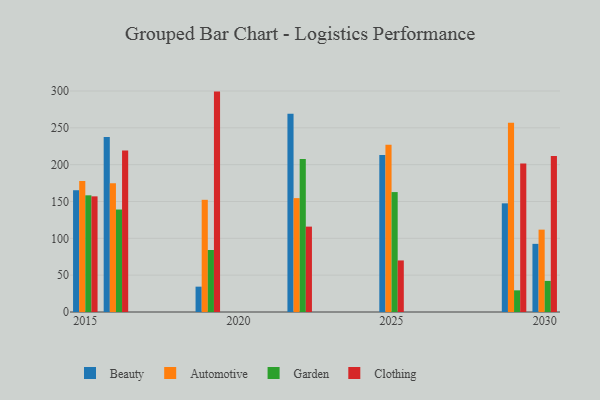
{"axis": {"x": "Year", "y": "Headcount"}, "legend": ["Automotive", "Beauty", "Clothing", "Garden"], "data": [{"x": "2022", "y": 269.3, "type": "Beauty"}, {"x": "2022", "y": 154.6, "type": "Automotive"}, {"x": "2022", "y": 207.6, "type": "Garden"}, {"x": "2022", "y": 115.9, "type": "Clothing"}, {"x": "2025", "y": 213.0, "type": "Beauty"}, {"x": "2025", "y": 227.0, "type": "Automotive"}, {"x": "2025", "y": 162.8, "type": "Garden"}, {"x": "2025", "y": 70.0, "type": "Clothing"}, {"x": "2015", "y": 165.3, "type": "Beauty"}, {"x": "2015", "y": 178.0, "type": "Automotive"}, {"x": "2015", "y": 158.4, "type": "Garden"}, {"x": "2015", "y": 157.0, "type": "Clothing"}, {"x": "2030", "y": 92.5, "type": "Beauty"}, {"x": "2030", "y": 111.8, "type": "Automotive"}, {"x": "2030", "y": 42.2, "type": "Garden"}, {"x": "2030", "y": 211.9, "type": "Clothing"}, {"x": "2029", "y": 147.5, "type": "Beauty"}, {"x": "2029", "y": 257.0, "type": "Automotive"}, {"x": "2029", "y": 29.4, "type": "Garden"}, {"x": "2029", "y": 201.5, "type": "Clothing"}, {"x": "2019", "y": 34.4, "type": "Beauty"}, {"x": "2019", "y": 152.3, "type": "Automotive"}, {"x": "2019", "y": 84.2, "type": "Garden"}, {"x": "2019", "y": 299.2, "type": "Clothing"}, {"x": "2016", "y": 237.5, "type": "Beauty"}, {"x": "2016", "y": 174.9, "type": "Automotive"}, {"x": "2016", "y": 139.1, "type": "Garden"}, {"x": "2016", "y": 219.2, "type": "Clothing"}]}